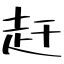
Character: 赶